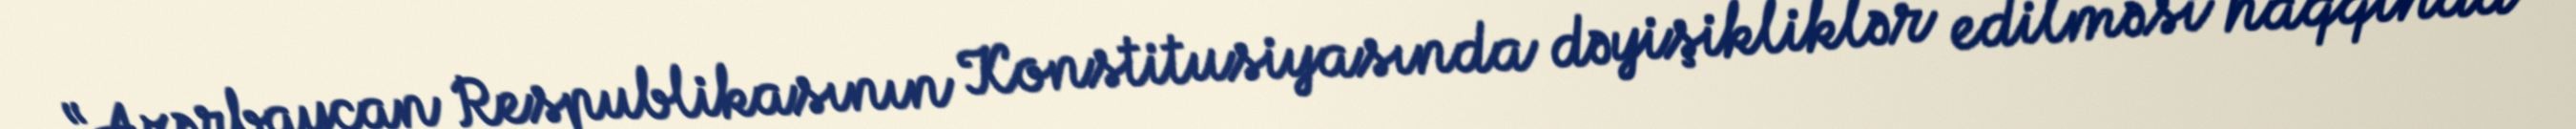
“Azərbaycan Respublikasının Konstitusiyasında dəyişikliklər edilməsi haqqında”